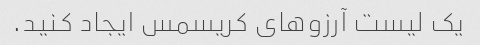
یک لیست آرزوهای کریسمس ایجاد کنید.